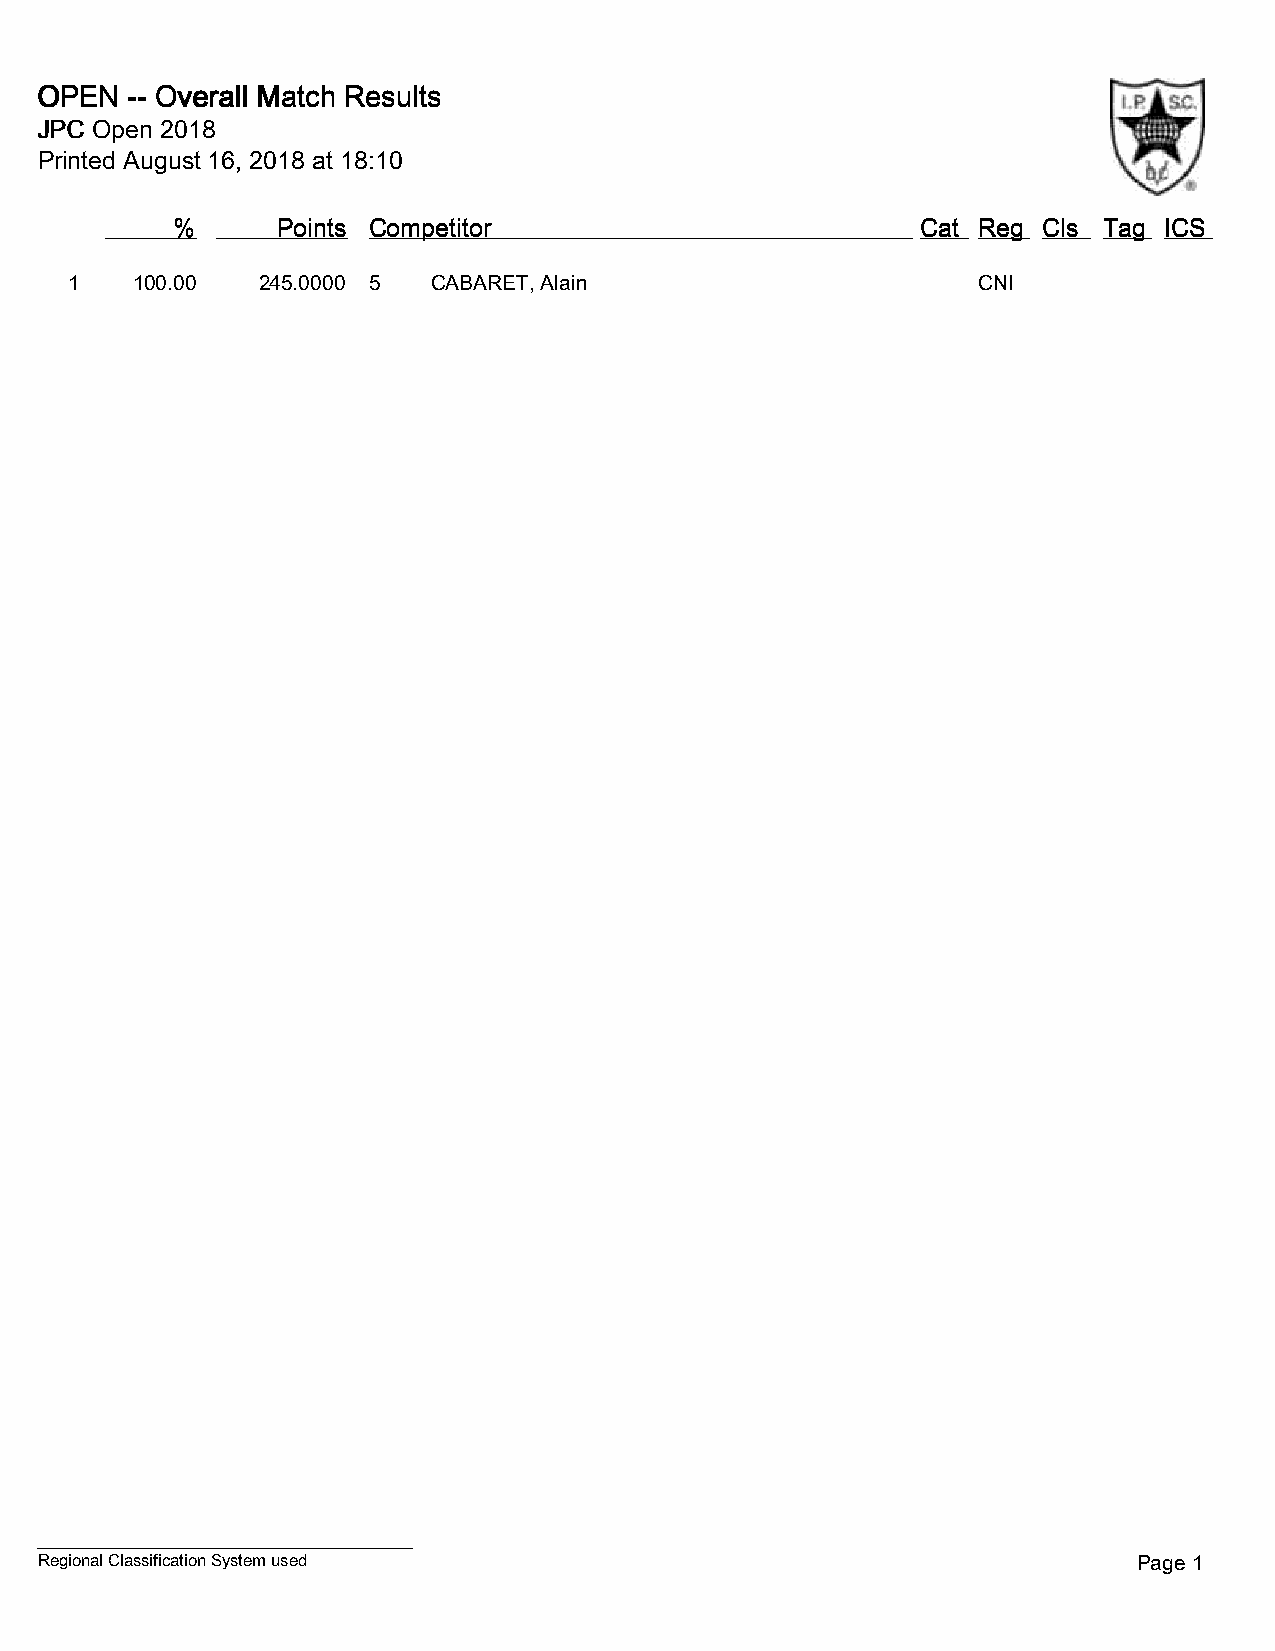
OOOOPPPPEEEENNNN -------- OOOOvvvveeeerrrraaaallllllll MMMMaaaattttcccchhhh RRRReeeessssuuuullllttttssss
 JJJJPPPPCCCC OOOOppppeeeennnn 2222000011118888
 Printed August 16, 2018 at 18:10
 %%%%   PPPPooooiiiinnnnttttssss CCCCoooommmmppppeeeettttiiiittttoooorrrr CCCCaaaatttt RRRReeeegggg CCCCllllssss TTTTaaaagggg IIIICCCCSSSS
 1   100.00  245.0000 5  CABARET, Alain                      CNI
 Regional Classification System used                                      Page 1